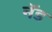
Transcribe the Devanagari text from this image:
नॅड